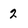
Character: 2